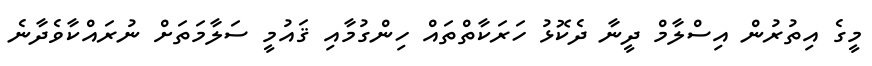
މީގެ އިތުރުން އިސްލާމް ދީނާ ދެކޮޅު ހަރަކާތްތައް ހިންގުމާއި ޤައުމީ ސަލާމަތަށް ނުރައްކާވެދާނެ